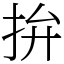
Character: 拚